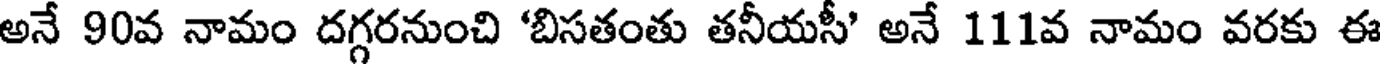
అనే 90వ నామం దగ్గరనుంచి 'బిసతంతు తనీయసీ' అనే 111వ నామం వరకు ఈ